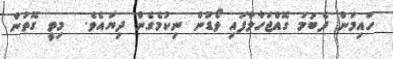
ހައިމަން ދެބުމަ ގޮއްޖަހާލާފައި ވޯޑުން ނިކުމެގެން ދިޔައެވެ.  މިވީ ގޮތުން